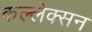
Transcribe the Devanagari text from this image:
कल्लेक्सन